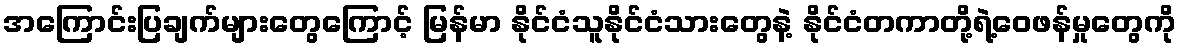
အကြောင်းပြချက်များတွေကြောင့် မြန်မာ နိုင်ငံသူနိုင်ငံသားတွေနဲ့ နိုင်ငံတကာတို့ရဲ့ဝေဖန်မှုတွေကို